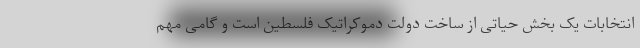
انتخابات یک بخش حیاتی از ساخت دولت دموکراتیک فلسطین است و گامی مهم